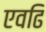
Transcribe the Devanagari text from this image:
एवढि